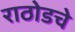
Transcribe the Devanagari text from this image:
राठोडचे